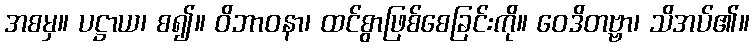
အစမှ။ ပဋ္ဌာယ၊ စ၍။ ဝိဘာဝနာ၊ ထင်စွာဖြစ်စေခြင်းကို။ ဝေဒိတဗ္ဗာ၊ သိအပ်၏။